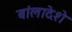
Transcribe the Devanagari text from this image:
बांलादेशे